DOW-UAP-D49, Launch Summary, Vandenberg AFB, 2000
Agency: Department of War
Incident date: 2/3/00
Page 68
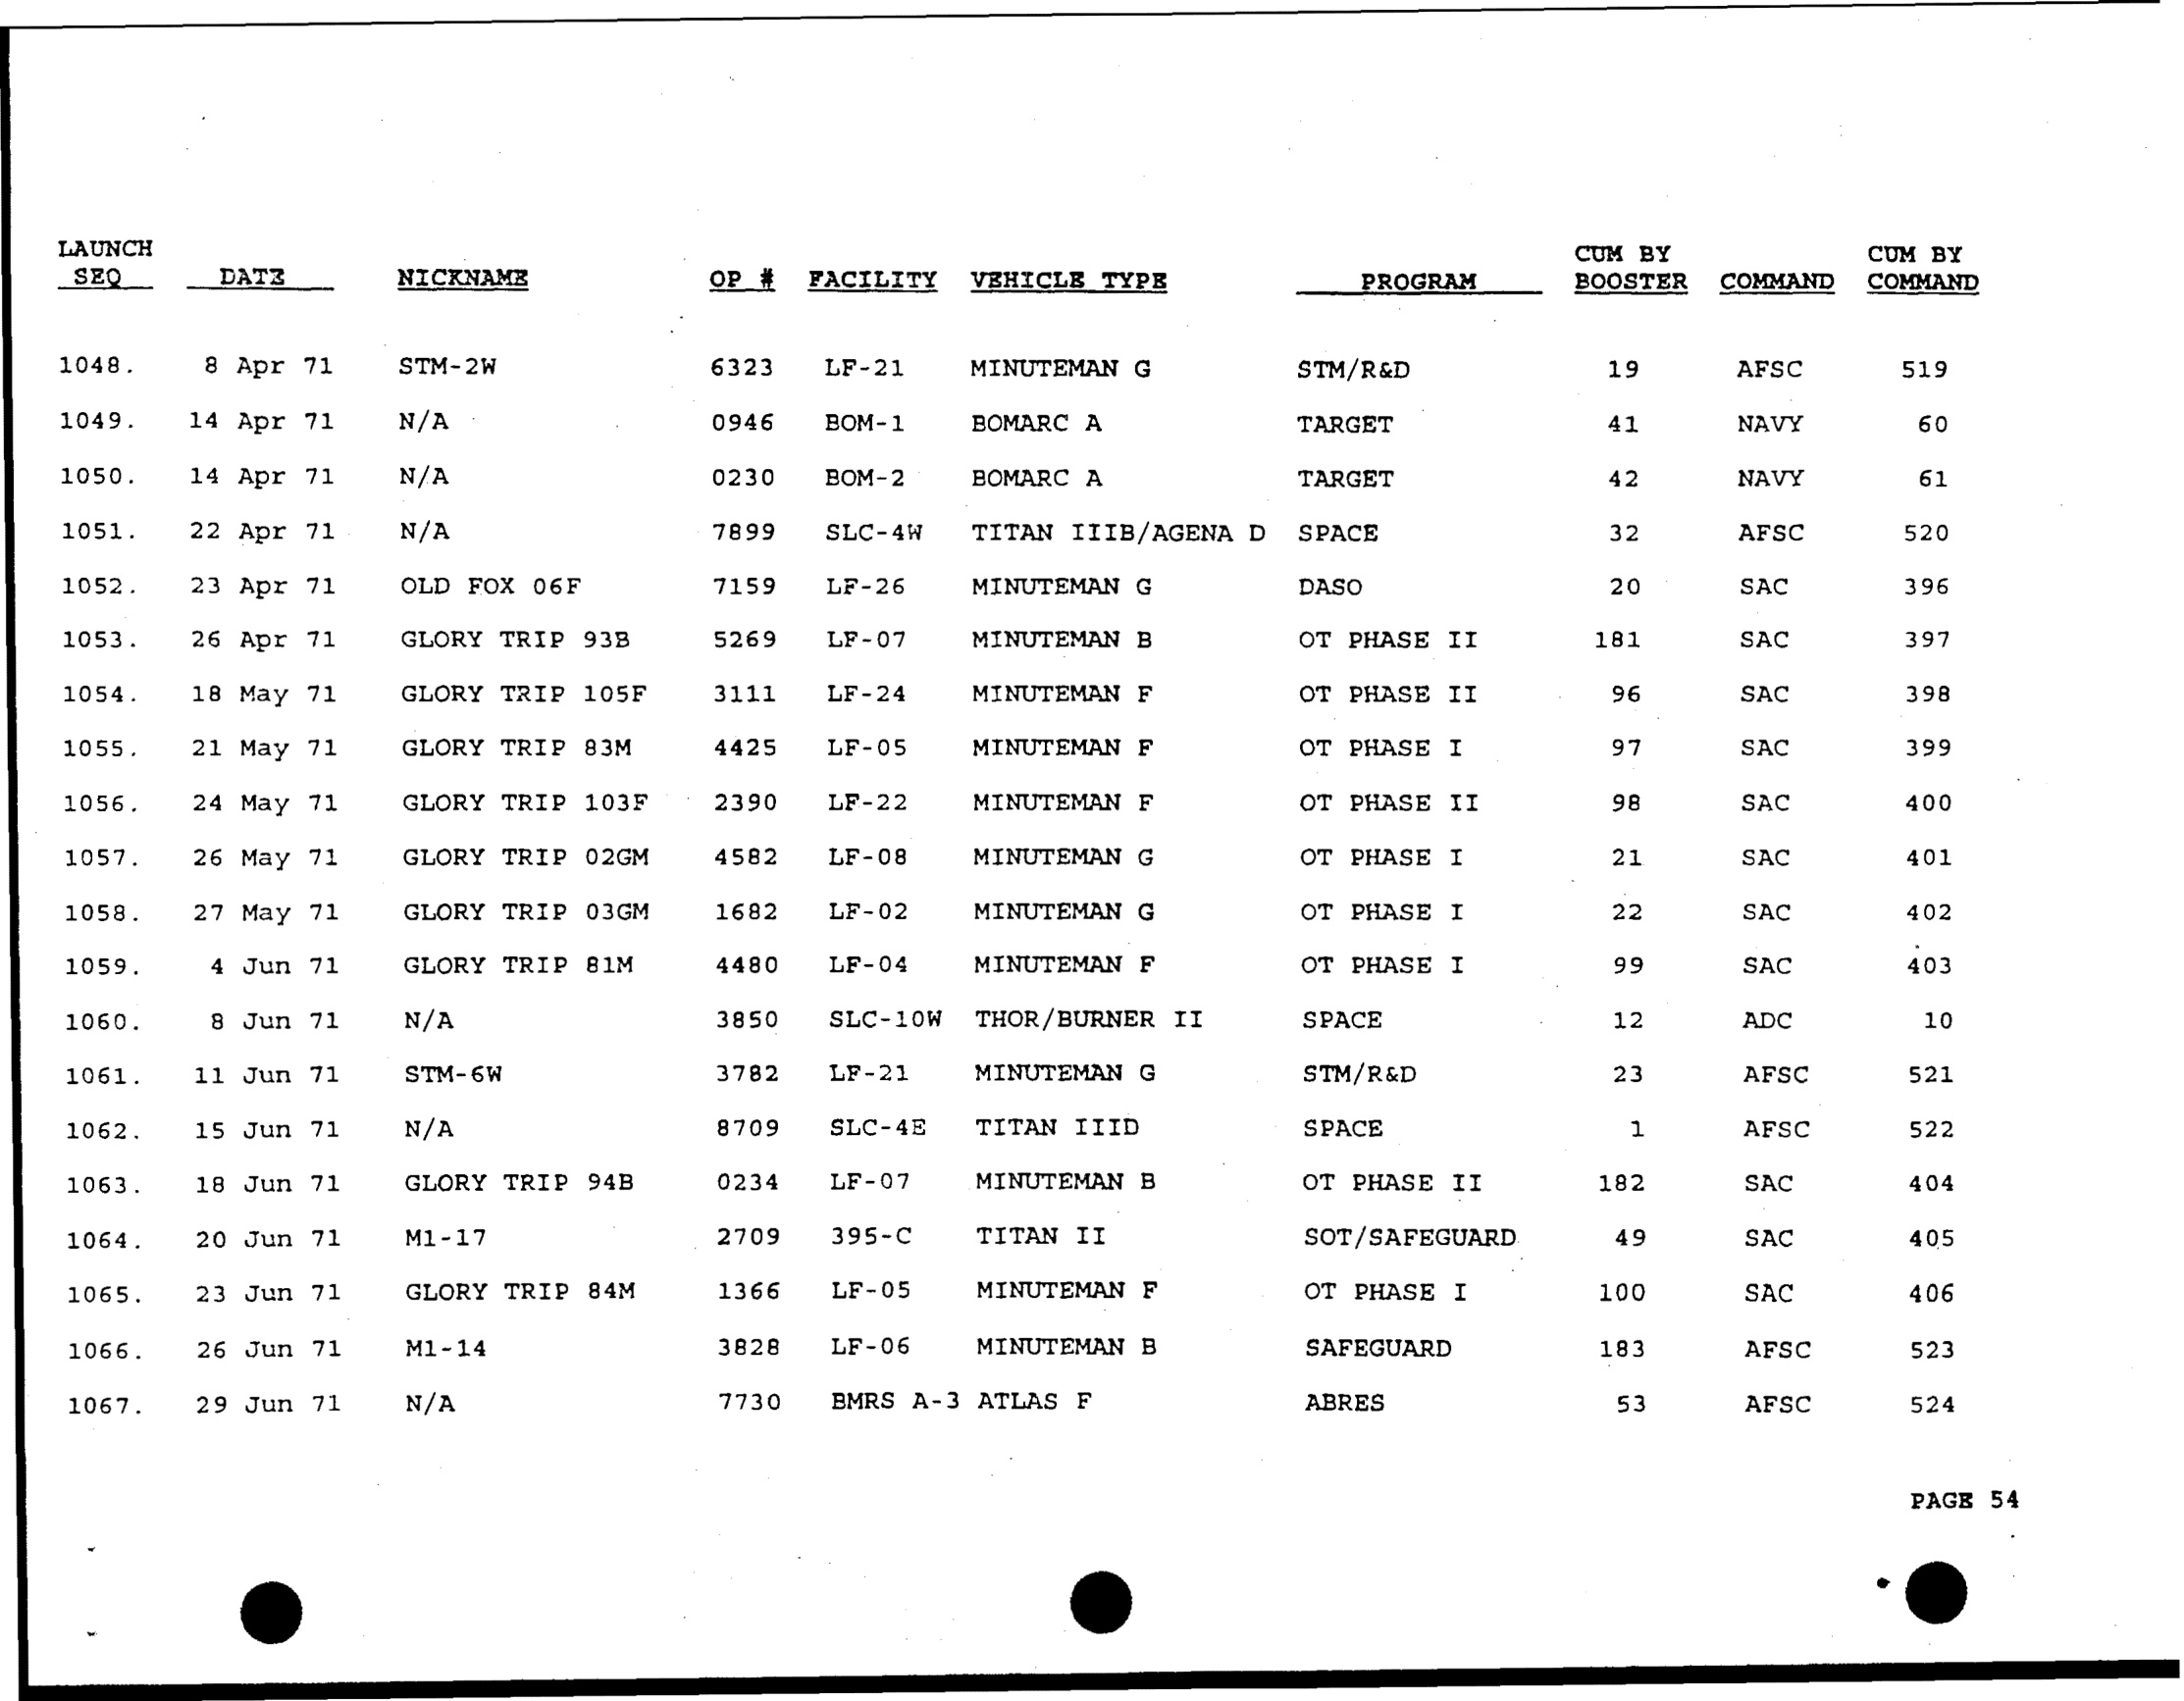